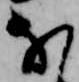
な